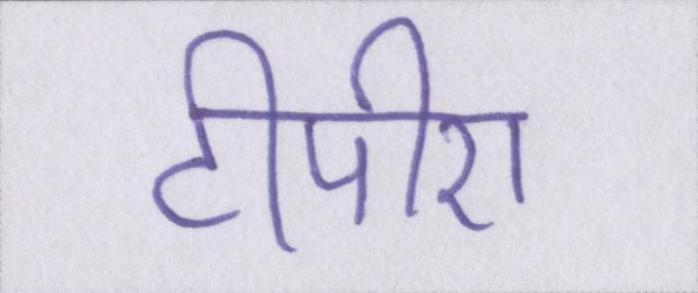
टीपीए